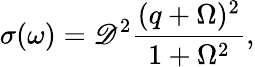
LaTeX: \sigma(\omega)=\mathscr{D}^{2}\frac{{(q+\Omega)^{2}}}{{1+{\Omega}^{2}}},